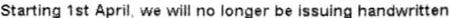
STARTING 1ST APRIL, WE WILL NO LONGER BE ISSUING HANDWRITTEN